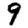
Digit: 9